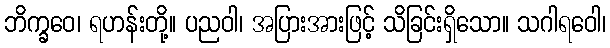
ဘိက္ခဝေ၊ ရဟန်းတို့။ ပညဝါ၊ အပြားအားဖြင့် သိခြင်းရှိသော။ သဂါရဝေါ၊